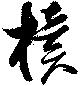
櫝